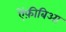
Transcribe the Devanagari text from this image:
ऐंफ़ीबिआ